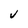
Character: v